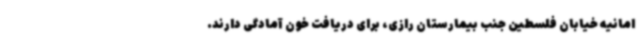
امانیه خیابان فلسطین جنب بیمارستان رازی، برای دریافت خون آمادگی دارند.